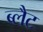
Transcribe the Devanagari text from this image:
ब्लैट